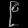
Digit: ၉